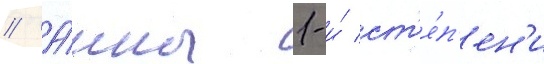
// А́нны 1-и́ ст'е́п'ен'и